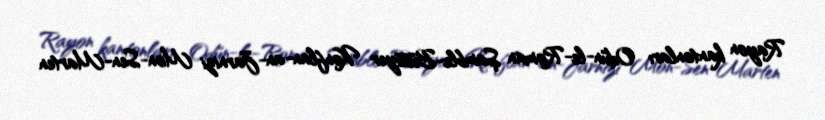
Rayon kantonları Odün-le-Roman Şamble-Büssyer Konflan-an-Jarnizi Mon-Sen-Marten